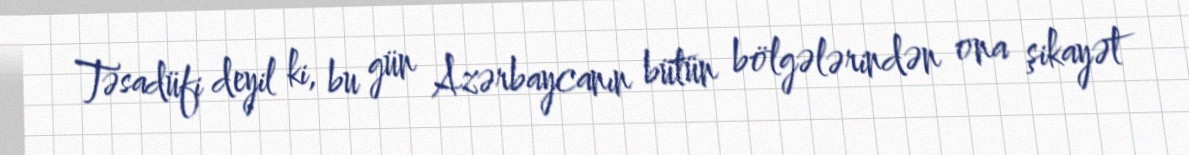
Təsadüfi deyil ki, bu gün Azərbaycanın bütün bölgələrindən ona şikayət